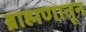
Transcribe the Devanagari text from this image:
ब्राह्मणातून